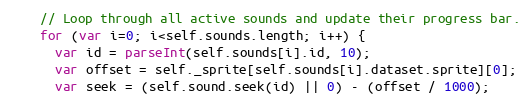
Language: JavaScript
    // Loop through all active sounds and update their progress bar.
    for (var i=0; i<self.sounds.length; i++) {
      var id = parseInt(self.sounds[i].id, 10);
      var offset = self._sprite[self.sounds[i].dataset.sprite][0];
      var seek = (self.sound.seek(id) || 0) - (offset / 1000);